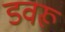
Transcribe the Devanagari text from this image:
डवरू